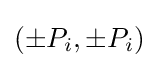
(\pm P_{i},\pm P_{i})